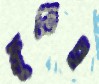
ফ্লুতেই